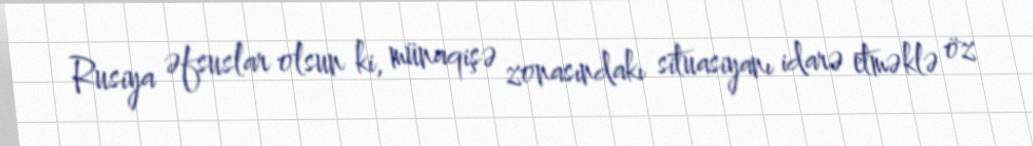
Rusiya əfsuslar olsun ki, münaqişə zonasındakı situasiyanı idarə etməklə öz